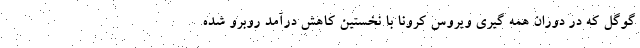
گوگل که در دوران همه گیری ویروس کرونا با نخستین کاهش درآمد روبرو شده